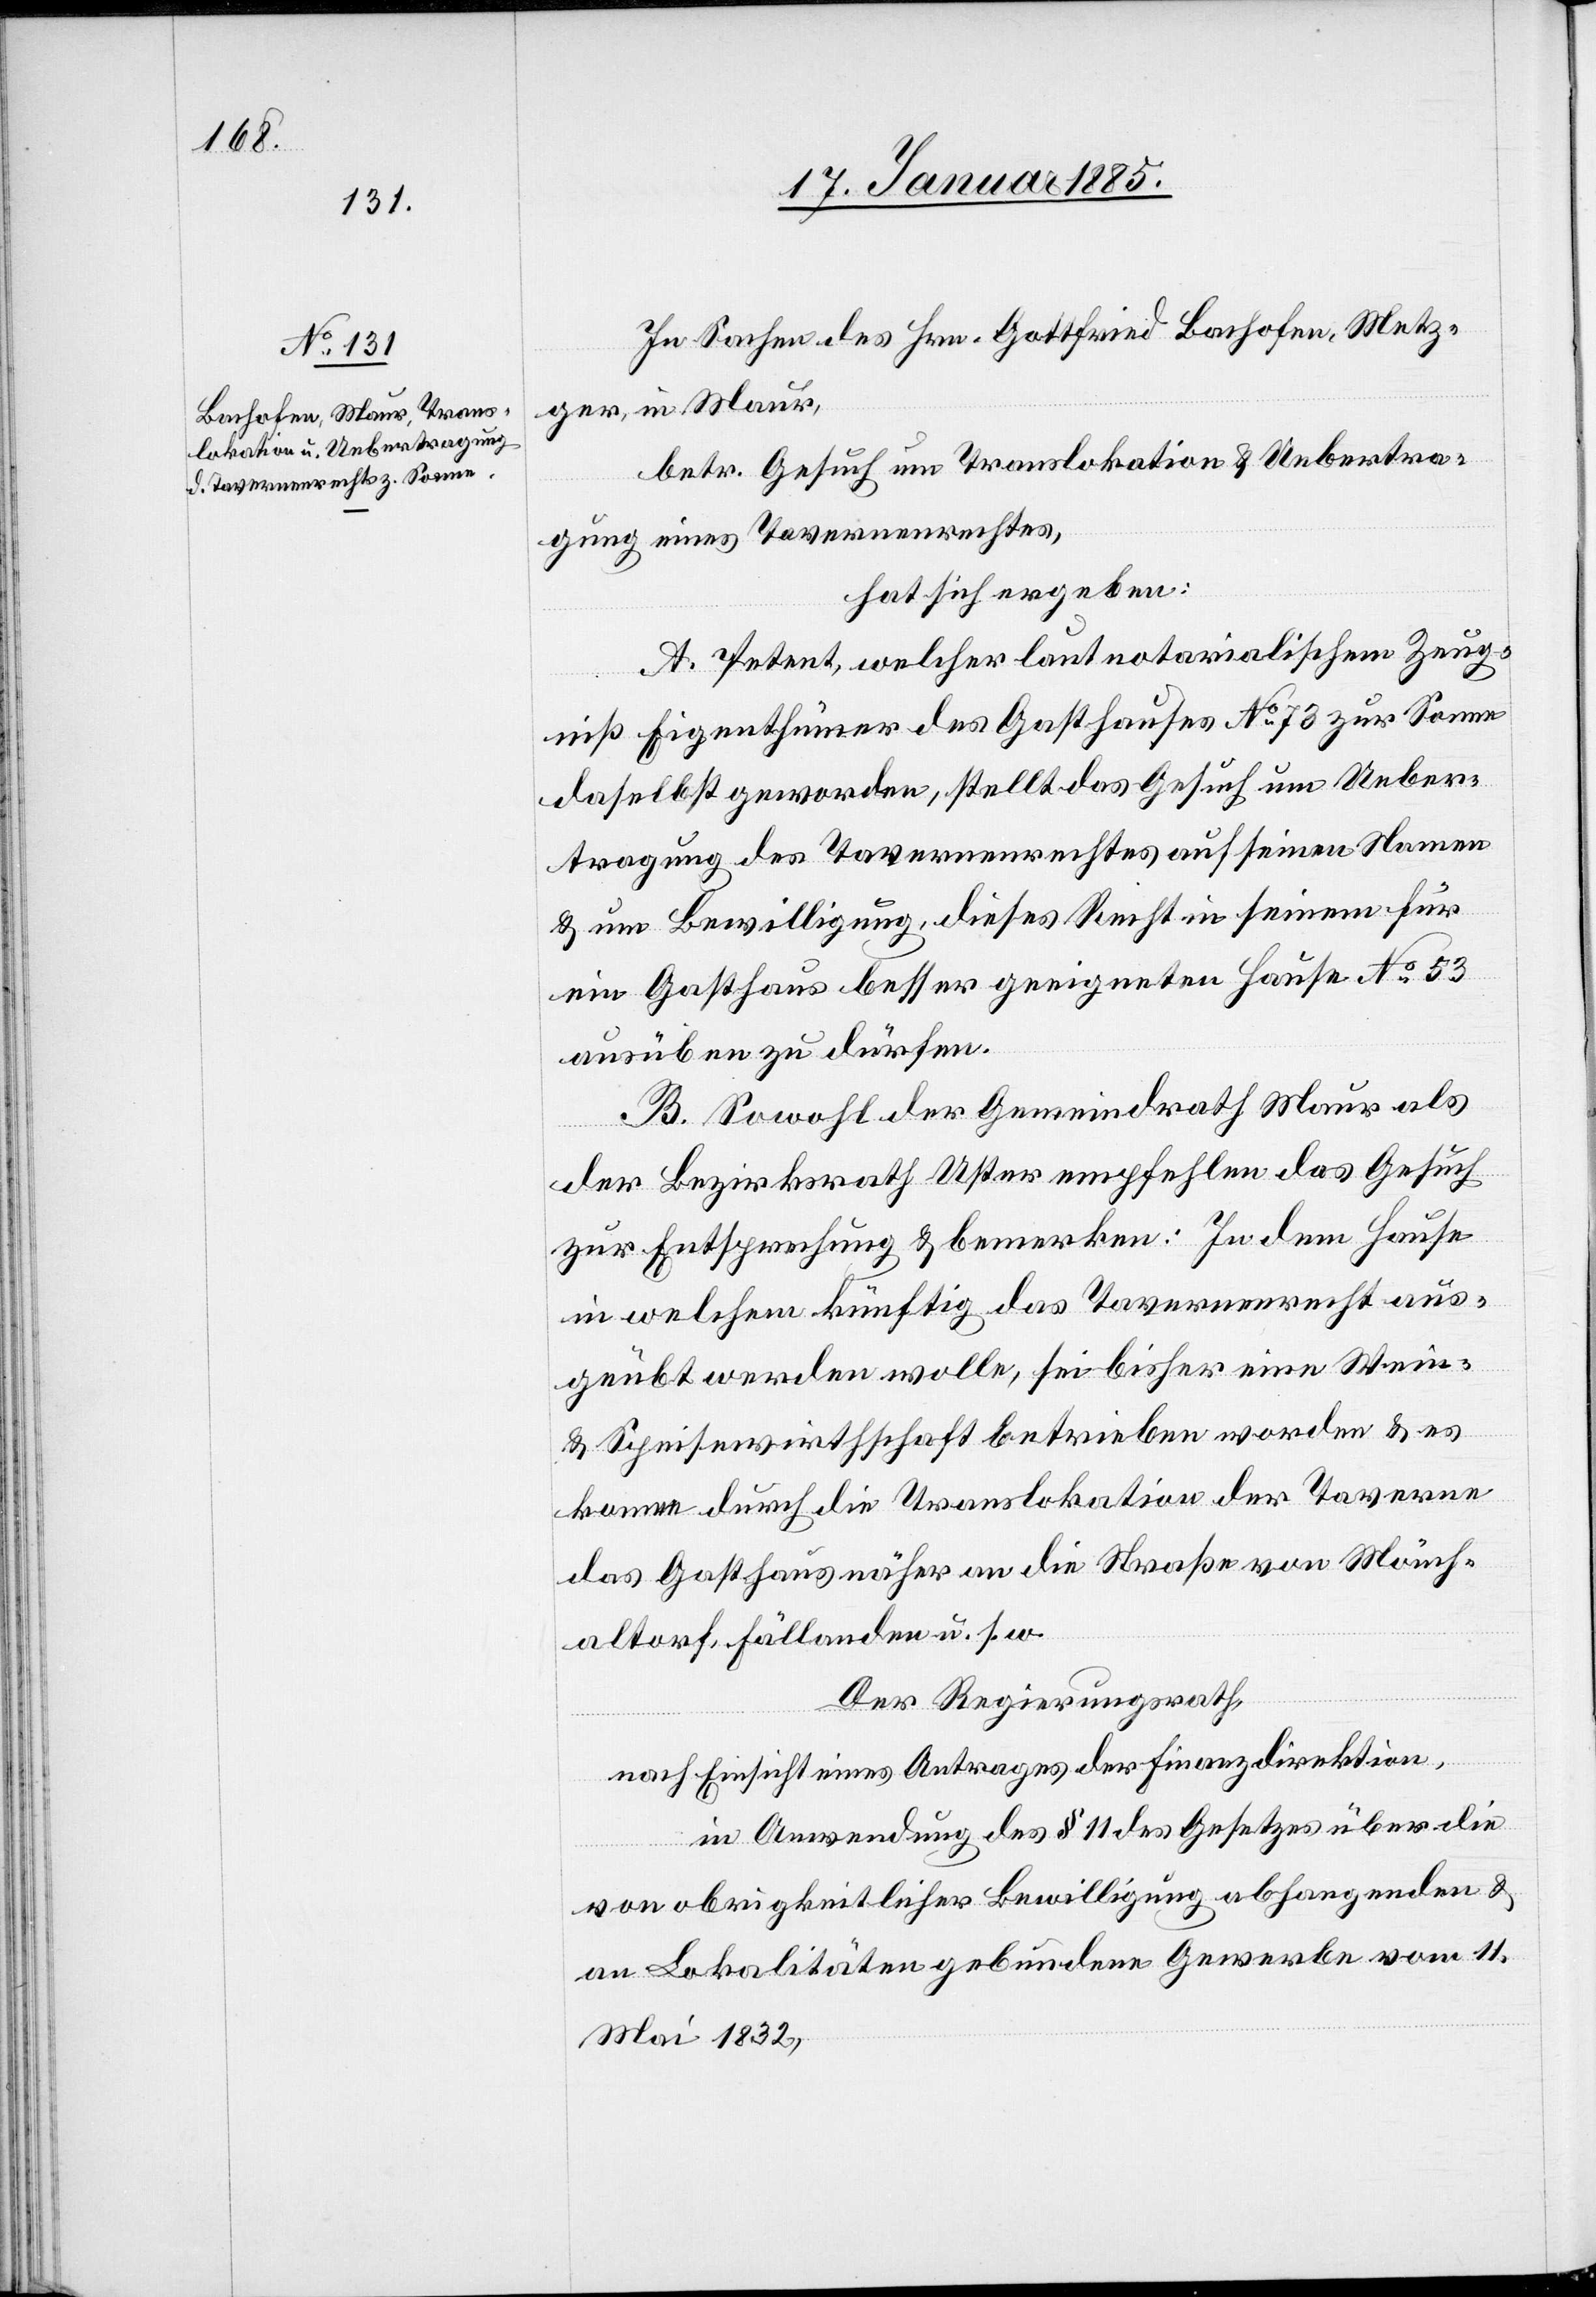
In Sachen des Hrn. Gottfried Bachofen, Metz¬
ger, in Maur,
betr. Gesuch um Translokation & Uebertra¬
gung eines Tavernenrechtes,
hat sich ergeben:
A. Petent, welcher laut notarialischem Zeug¬
niß Eigenthümer des Gasthauses No 73 zur Sonne
daselbst geworden, stellt das Gesuch um Ueber¬
tragung des Tavernenrechtes auf seinen Namen
& um Bewilligung, dieses Recht in seinem für
ein Gasthaus besser geeigneten Hause No 53
ausüben zu dürfen.
B. Sowohl der Gemeindrath Maur als
der Bezirksrath Uster empfehlen das Gesuch
zur Entsprechung & bemerken: In dem Hause
in welchem künftig das Tavernenrecht aus¬
geübt werden wolle, sei bisher eine Wein-
& Speisewirthschaft betrieben worden & es
komme durch die Translokation der Taverne
das Gasthaus näher an die Straße von Mönch¬
altorf, Fällanden u. s. w.
Der Regierungsrath,
nach Einsicht eines Antrages der Finanzdirektion,
in Anwendung des § 11 des Gesetzes über die
von obrigkeitlicher Bewilligung abhängenden &
an Lokalitäten gebundene Gewerbe vom 11.
Mai 1832,